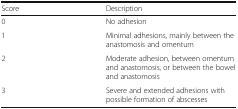
<table><thead><tr><td><b>Score</b></td><td><b>Description</b></td></tr></thead><tbody><tr><td>0</td><td>No adhesion</td></tr><tr><td>1</td><td>Minimal adhesions, mainly between the anastomosis and omentum</td></tr><tr><td>2</td><td>Moderate adhesion, between omentum and anastomosis, or between the bowel and anastomosis</td></tr><tr><td>3</td><td>Severe and extended adhesions with possible formation of abscesses</td></tr></tbody></table>